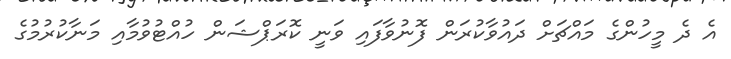
އެ ދެ މީހުންގެ މައްޗަށް ދައުވާކުރަން ފޮނުވާފައި ވަނީ ކޮރަޕްޝަން ހުއްޓުވުމާއި މަނާކުރުމުގެ